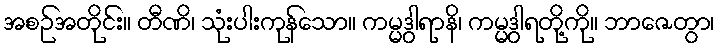
အစဉ်အတိုင်း။ တီဏိ၊ သုံးပါးကုန်သော။ ကမ္မဒွါရာနိ၊ ကမ္မဒွါရတို့ကို။ ဘာဇေတွာ၊